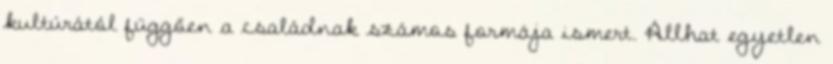
kultúrától függően a családnak számos formája ismert. Állhat egyetlen